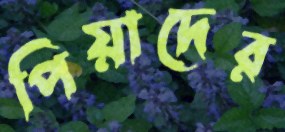
পিয়াদের